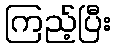
ကြည့်ပြီး